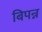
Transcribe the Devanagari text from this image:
बिपन्न